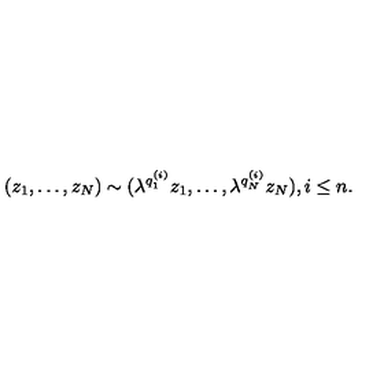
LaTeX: ( z _ { 1 } , \ldots , z _ { N } ) \sim ( \lambda ^ { q _ { 1 } ^ { ( i ) } } z _ { 1 } , \ldots , \lambda ^ { q _ { N } ^ { ( i ) } } z _ { N } ) , i \le n .